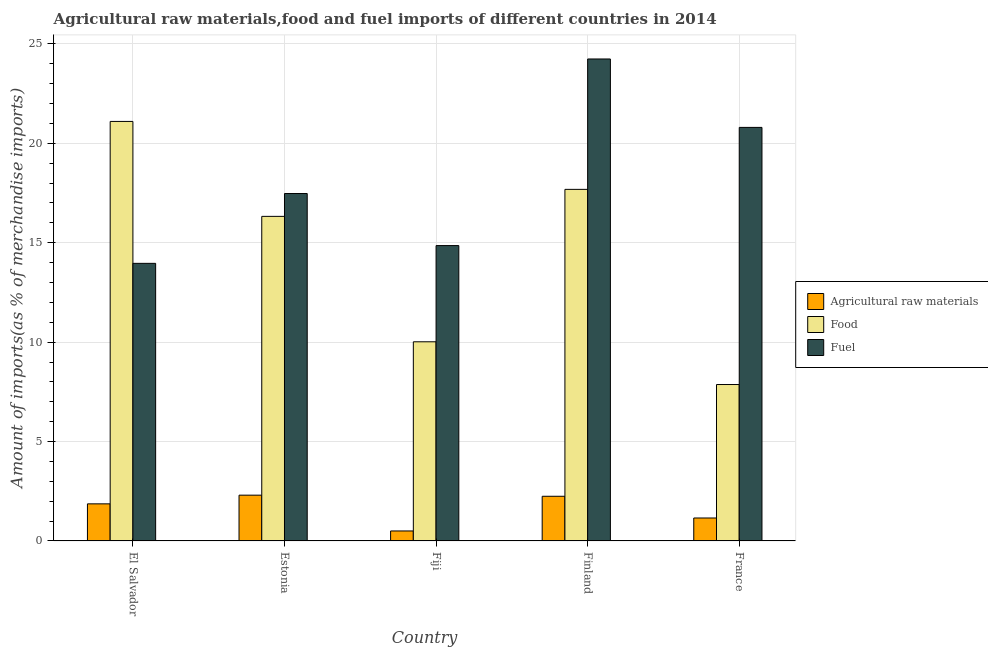
| Country | Agricultural raw materials | Food | Fuel |
 | --- | --- | --- | --- |
 | El Salvador | 1.87 | 21.1 | 14 |
 | Estonia | 2.3 | 16.3 | 17.5 |
 | Fiji | 0.504 | 10 | 14.9 |
 | Finland | 2.25 | 17.7 | 24.2 |
 | France | 1.16 | 7.87 | 20.8 |